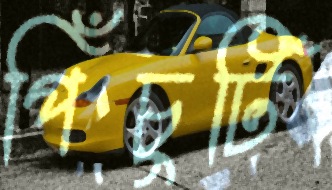
পিঁচুটি